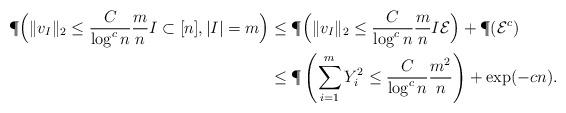
LaTeX: \begin{align*} \P\Big(\|v_I\|_2 \leq \frac{C}{\log^c n} \frac{m}{n} I \subset [n], |I|=m \Big) &\leq \P\Big(\|v_I\|_2 \leq \frac{C}{\log^c n} \frac{m}{n} I \mathcal{E} \Big) + \P(\mathcal{E}^c) \\&\leq \P\left(\sum_{i=1}^m Y_i^2 \leq \frac{C}{\log^c n} \frac{m^2}{n} \right) + \exp(-cn). \end{align*}